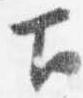
下